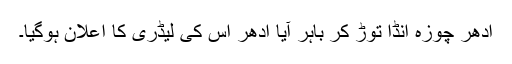
ادھر چوزہ انڈا توڑ کر باہر آیا ادھر اس کی لیڈری کا اعلان ہوگیا۔